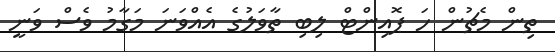
ތިން މެޗުން ހަ ޕޮއިންޓް ލިބި ތާވަލުގެ އެއްވަނަ މަގާމު ވެސް ވަނީ